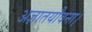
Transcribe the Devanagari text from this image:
अज्ञातयौवना।